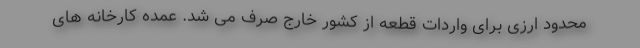
محدود ارزی برای واردات قطعه از کشور خارج صرف می شد. عمده کارخانه های